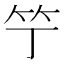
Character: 𥫙